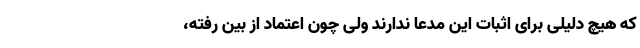
که هیچ دلیلی برای اثبات این مدعا ندارند ولی چون اعتماد از بین رفته،